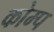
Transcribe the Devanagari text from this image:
कोम्प